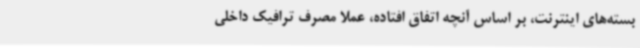
بسته‌های اینترنت، بر اساس آنچه اتفاق افتاده، عملا مصرف ترافیک داخلی